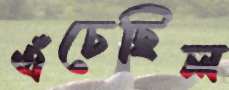
এঁচেছিল